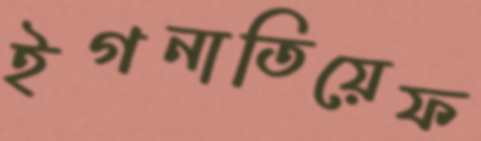
ইগনাতিয়েফ